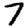
Digit: 7